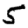
Digit: 5